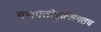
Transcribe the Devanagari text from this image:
गणपतीपुळेलगतच